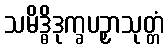
သမိဒ္ဓိဒုက္ခပဉှာသုတ္တံ